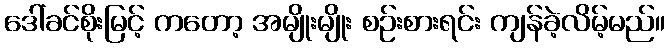
ဒေါ်ခင်စိုးမြင့် ကတော့ အမျိုးမျိုး စဉ်းစားရင်း ကျန်ခဲ့လိမ့်မည်။